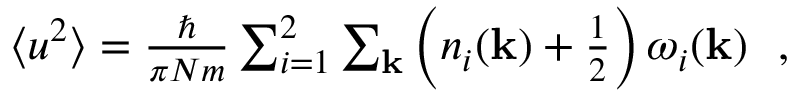
\begin{array} { r } { \langle u ^ { 2 } \rangle = \frac { \hbar } { \pi N m } \sum _ { i = 1 } ^ { 2 } \sum _ { \bf k } \left( n _ { i } ( { \bf k } ) + \frac { 1 } { 2 } \right) \omega _ { i } ( { \bf k } ) ~ ~ , } \end{array}